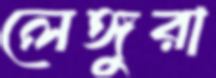
লেঙ্গুরা